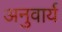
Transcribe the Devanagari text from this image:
अनुवार्य